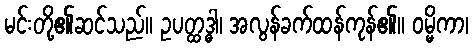
မင်းတို့၏ဆင်သည်။ ဥပတ္ထဒ္ဓါ၊ အလွန်ခက်ထန်ကုန်၏။ ဝမ္မိကာ၊